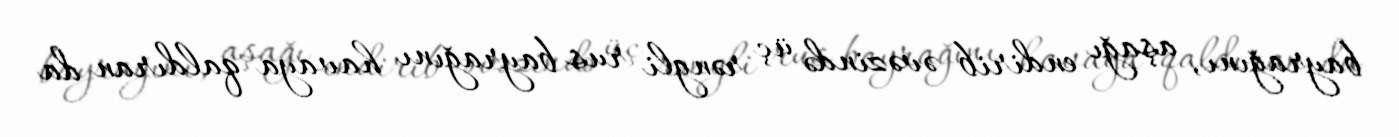
bayrağını, aşağı endirib əvəzində üç rəngli rus bayrağını havaya qaldıran da